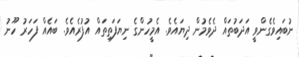
ނުބައިވެގެންވީ އަދަބުތައް ދެވެމުން ދިޔައެވެ. އެމީހުންގެ ނިޔަފަތިތައް އުފުރެއެވެ. ބައެއް ފަހަރު ހޫނު